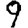
Digit: 9